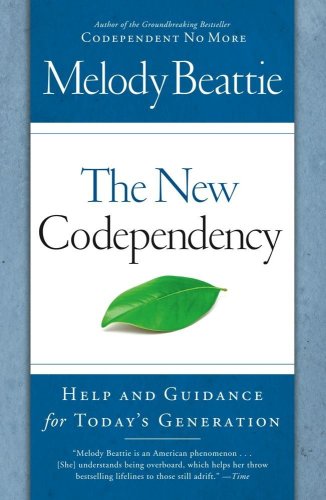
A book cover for The New Codependency: Help and Guidance for Today's Generation; Melody Beattie; Self-Help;